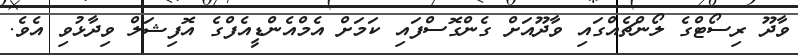
ވާދޫ ރިސޯޓްގެ ލޯންޗެއްގައި ވާދޫއަށް ގެންގޮސްފައި ކަމަށް އެމްއެންޑީއެފްގެ އޮފިޝަލް ވިދާޅުވި އެވެ.